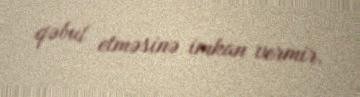
qəbul etməsinə imkan vermir.